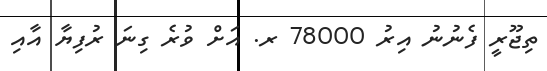
ތިޖޫރީ ފެނުނު އިރު 78000 ރ. އަށް ވުރެ ގިނަ ރުފިޔާ އާއި